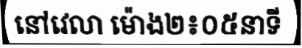
នៅវេលា ម៉ោង២៖០៥នាទី